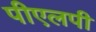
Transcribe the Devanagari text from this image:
पीएलपी